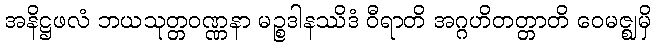
အနိဋ္ဌဖလံ ဘယသုတ္တဝဏ္ဏနာ မဉ္စဒါနဿိဒံ ဝီရာတိ အဂ္ဂဟိတတ္တာတိ ဝေမဇ္ဈမှိ